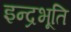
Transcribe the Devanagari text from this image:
इन्द्रभूति